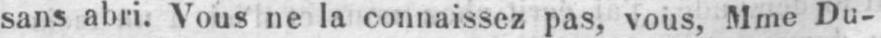
sans abri. Vous ne la connaissez pas, vous, Mme Du-